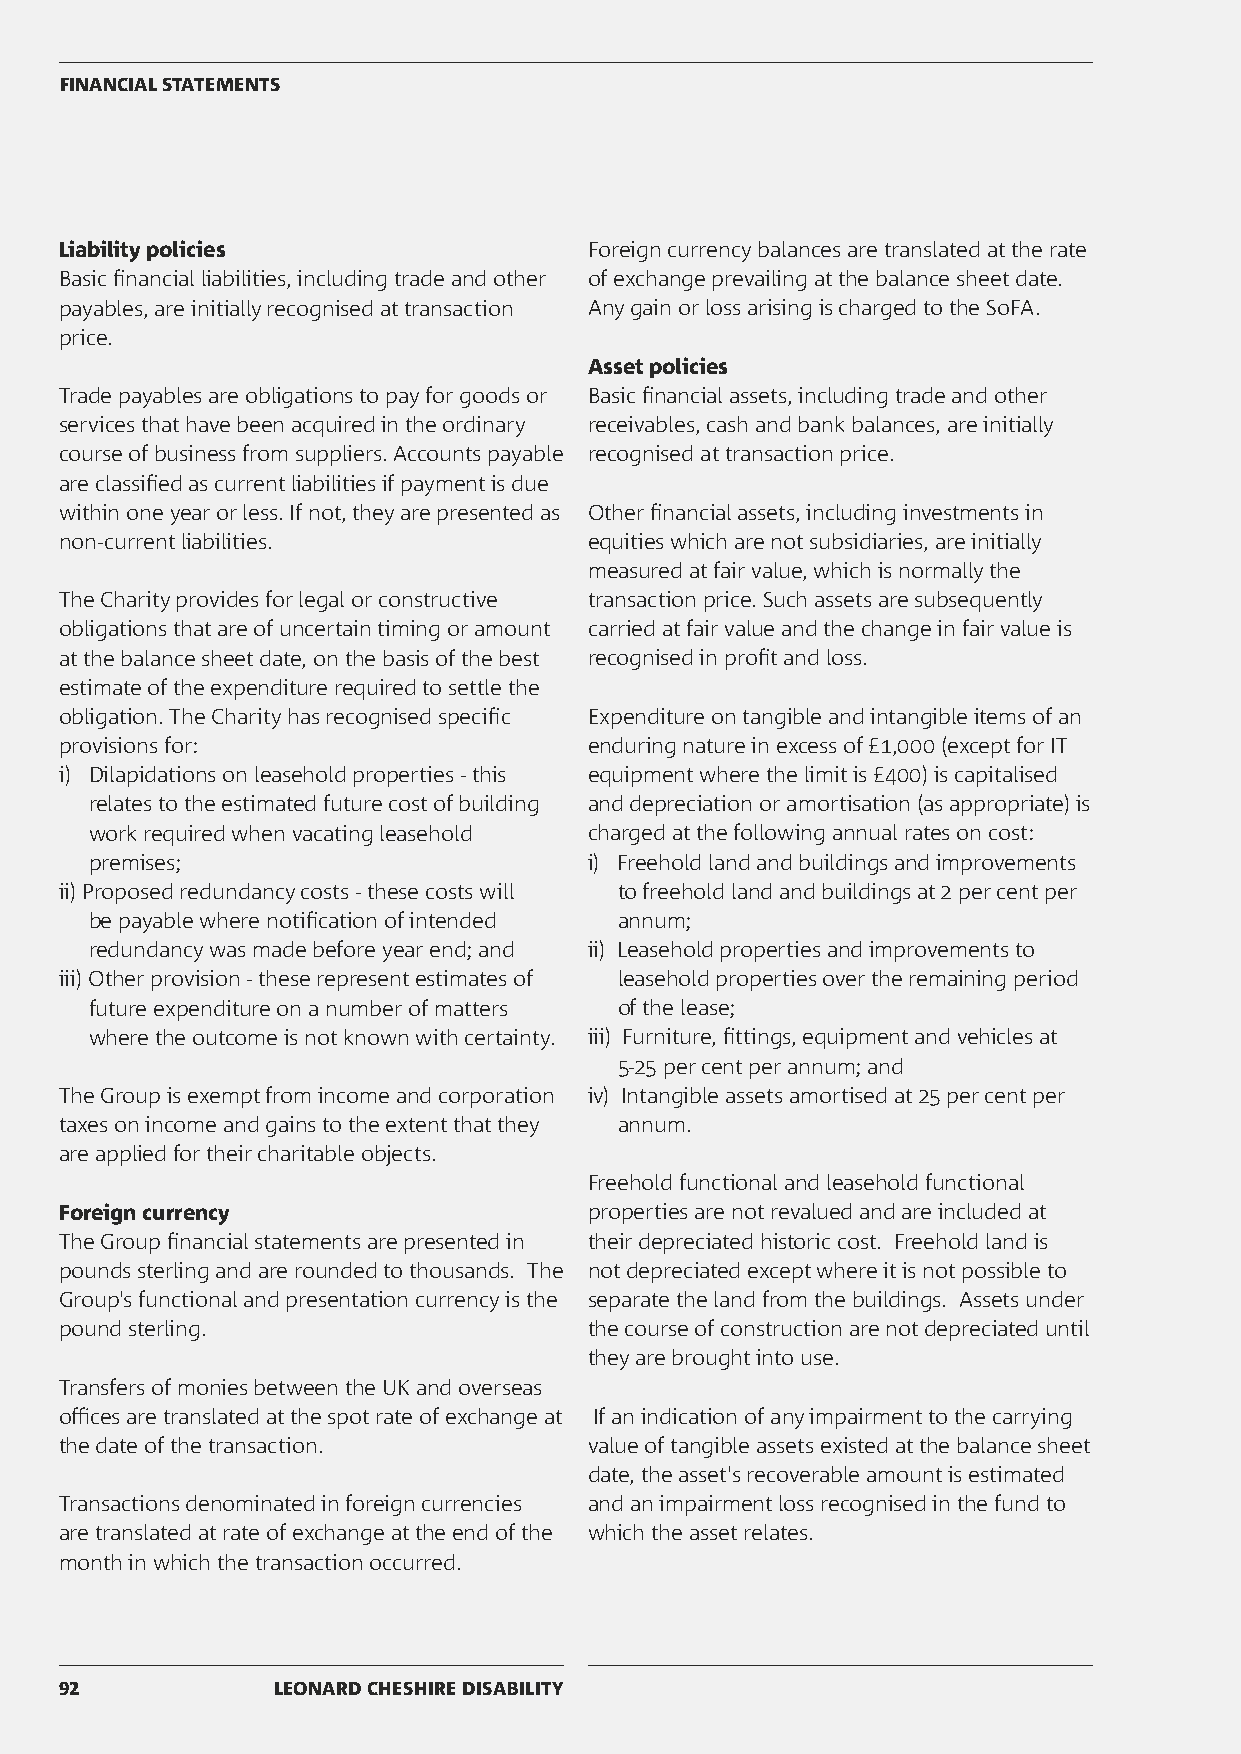
FINANCIAL STATEMENTS
 Liability policies                 Foreign currency balances are translated at the rate
 Basic financial liabilities, including trade and other of exchange prevailing at the balance sheet date.
 payables, are initially recognised at transaction Any gain or loss arising is charged to the SoFA.
 price.
 Asset policies
 Trade payables are obligations to pay for goods or Basic financial assets, including trade and other
 services that have been acquired in the ordinary receivables, cash and bank balances, are initially
 course of business from suppliers. Accounts payable recognised at transaction price.
 are classified as current liabilities if payment is due
 within one year or less. If not, they are presented as Other financial assets, including investments in
 non-current liabilities.           equities which are not subsidiaries, are initially
 measured at fair value, which is normally the
 The Charity provides for legal or constructive transaction price. Such assets are subsequently
 obligations that are of uncertain timing or amount carried at fair value and the change in fair value is
 at the balance sheet date, on the basis of the best recognised in profit and loss.
 estimate of the expenditure required to settle the
 obligation. The Charity has recognised specific Expenditure on tangible and intangible items of an
 provisions for:                    enduring nature in excess of £1,000 (except for IT
 i) Dilapidations on leasehold properties - this equipment where the limit is £400) is capitalised
 relates to the estimated future cost of building and depreciation or amortisation (as appropriate) is
 work required when vacating leasehold charged at the following annual rates on cost:
 premises;                        i) Freehold land and buildings and improvements
 ii) Proposed redundancy costs - these costs will to freehold land and buildings at 2 per cent per
 be payable where notification of intended annum;
 redundancy was made before year end; and ii) Leasehold properties and improvements to
 iii) Other provision - these represent estimates of leasehold properties over the remaining period
 future expenditure on a number of matters of the lease;
 where the outcome is not known with certainty. iii) Furniture, fittings, equipment and vehicles at
 5-25 per cent per annum; and
 The Group is exempt from income and corporation iv) Intangible assets amortised at 25 per cent per
 taxes on income and gains to the extent that they annum.
 are applied for their charitable objects.
 Freehold functional and leasehold functional
 Foreign currency                   properties are not revalued and are included at
 The Group financial statements are presented in their depreciated historic cost. Freehold land is
 pounds sterling and are rounded to thousands. The not depreciated except where it is not possible to
 Group's functional and presentation currency is the separate the land from the buildings. Assets under
 pound sterling.                    the course of construction are not depreciated until
 they are brought into use.
 Transfers of monies between the UK and overseas
 offices are translated at the spot rate of exchange at If an indication of any impairment to the carrying
 the date of the transaction.       value of tangible assets existed at the balance sheet
 date, the asset's recoverable amount is estimated
 Transactions denominated in foreign currencies and an impairment loss recognised in the fund to
 are translated at rate of exchange at the end of the which the asset relates.
 month in which the transaction occurred.
 92            LEONARD CHESHIRE DISABILITY